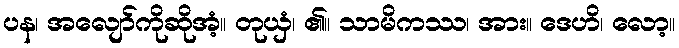
ပန၊ အလျော်ကိုဆိုအံ့။ တုယှံ၊ ၏။ သာမိကဿ၊ အား။ ဒေဟိ၊ လော့။